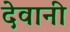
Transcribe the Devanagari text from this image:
देवानी